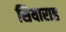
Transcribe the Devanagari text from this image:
सियाराह